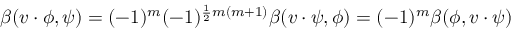
\beta ( v \cdot \phi , \psi ) = ( - 1 ) ^ { m } ( - 1 ) ^ { { \frac { 1 } { 2 } } m ( m + 1 ) } \beta ( v \cdot \psi , \phi ) = ( - 1 ) ^ { m } \beta ( \phi , v \cdot \psi )